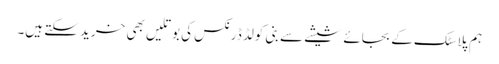
ہم پلاسٹک کے بجائے شیشے سے بنی کولڈ ڈرنکس کی بوتلیں بھی خرید سکتے ہیں۔